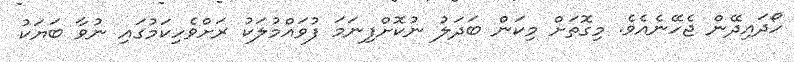
ހޯދައިދޭން ޖެހޭނެއެވެ. މިގޮތަށް މިކަން ބަދަލު ނުކޮށްފިނަމަ ފުވައްމުލަކު ރަށްވެހިކަމުގައި ނުވާ ބަޔަކު